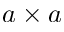
a \times a